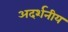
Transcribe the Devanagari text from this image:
अदर्शनीय